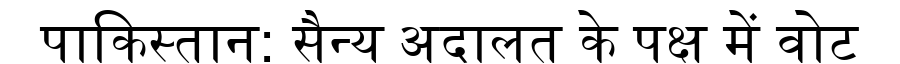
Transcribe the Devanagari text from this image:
पाकिस्तान: सैन्य अदालत के पक्ष में वोट